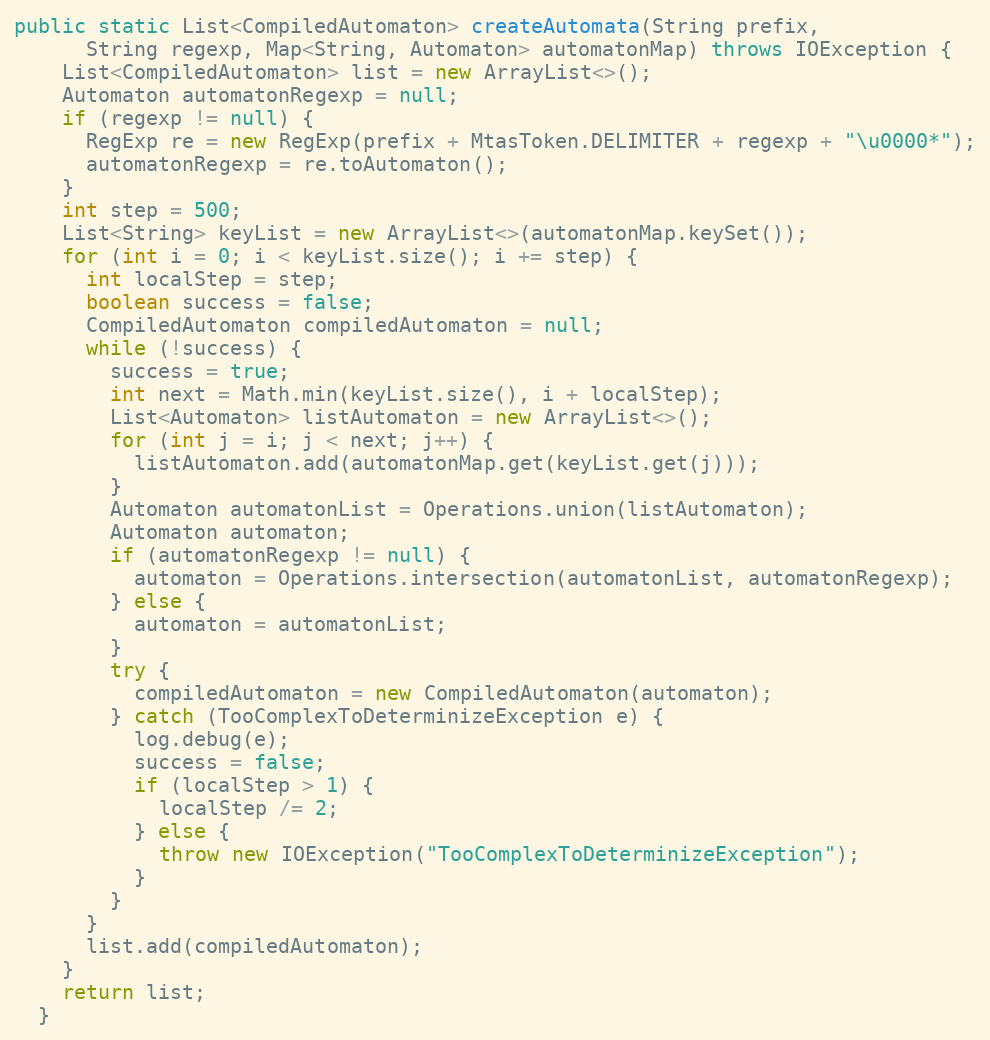
Language: Java
public static List<CompiledAutomaton> createAutomata(String prefix,
      String regexp, Map<String, Automaton> automatonMap) throws IOException {
    List<CompiledAutomaton> list = new ArrayList<>();
    Automaton automatonRegexp = null;
    if (regexp != null) {
      RegExp re = new RegExp(prefix + MtasToken.DELIMITER + regexp + "\u0000*");
      automatonRegexp = re.toAutomaton();
    }
    int step = 500;
    List<String> keyList = new ArrayList<>(automatonMap.keySet());
    for (int i = 0; i < keyList.size(); i += step) {
      int localStep = step;
      boolean success = false;
      CompiledAutomaton compiledAutomaton = null;
      while (!success) {
        success = true;
        int next = Math.min(keyList.size(), i + localStep);
        List<Automaton> listAutomaton = new ArrayList<>();
        for (int j = i; j < next; j++) {
          listAutomaton.add(automatonMap.get(keyList.get(j)));
        }
        Automaton automatonList = Operations.union(listAutomaton);
        Automaton automaton;
        if (automatonRegexp != null) {
          automaton = Operations.intersection(automatonList, automatonRegexp);
        } else {
          automaton = automatonList;
        }
        try {
          compiledAutomaton = new CompiledAutomaton(automaton);
        } catch (TooComplexToDeterminizeException e) {
          log.debug(e);
          success = false;
          if (localStep > 1) {
            localStep /= 2;
          } else {
            throw new IOException("TooComplexToDeterminizeException");
          }
        }
      }
      list.add(compiledAutomaton);
    }
    return list;
  }